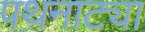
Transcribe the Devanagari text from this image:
पथनाट्या